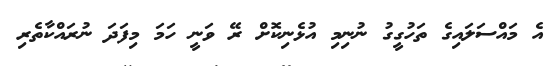
އެ މައްސަލައިގެ ތަހުގީގު ނުނިމި އުޅެނިކޮށް ރޭ ވަނީ ހަމަ މިފަދަ ނުރައްކާތެރި